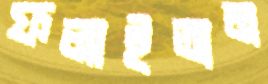
ফলাইতাম